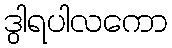
ဒွါရပါလကော